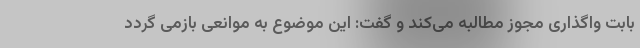
بابت واگذاری مجوز مطالبه می‌کند و گفت: این موضوع به موانعی بازمی گردد